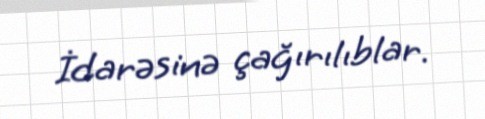
İdarəsinə çağırılıblar.